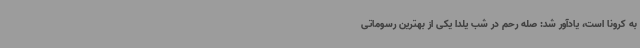
به کرونا است، یادآور شد: صله رحم در شب یلدا یکی از بهترین رسوماتی